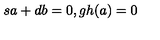
s a + d b = 0 , g h ( a ) = 0